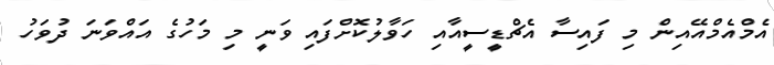
އެމްއެމްއޭއިން މި ފައިސާ އެޗްޑީސީއާއި ހަވާލުކޮށްފައި ވަނީ މި މަހުގެ އައްވަަނަ ދުވަހު